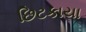
છિટકાયા